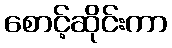
စောင့်ဆိုင်းကာ